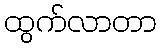
ထွက်လာတာ